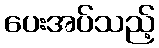
ပေးအပ်သည့်